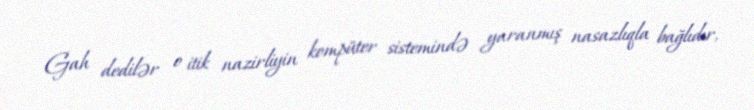
Gah dedilər o itik nazirliyin kompüter sistemində yaranmış nasazlıqla bağlıdır,